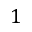
1